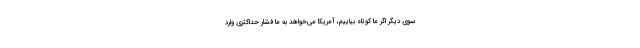
سوی دیگر اگر ما کوتاه بیاییم، آمریکا می‌خواهد به ما فشار حداکثری وارد